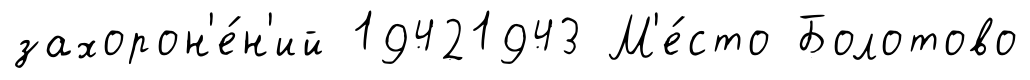
захорон'е́н'ий 19421943 М'е́сто Болотово